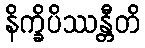
နိက္ခိပိဿန္တီတိ